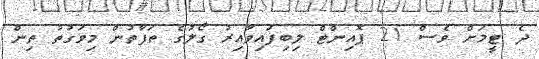
ދެ ޓީމަށް ވެސް 21 ޕޮއިންޓް ލިބިފައިވާއިރު ގޯލުގެ ތަފާތުން މިވަގުތު ތިން